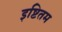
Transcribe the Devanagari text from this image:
इष्टितम